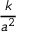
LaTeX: \frac { k } { a ^ { 2 } }